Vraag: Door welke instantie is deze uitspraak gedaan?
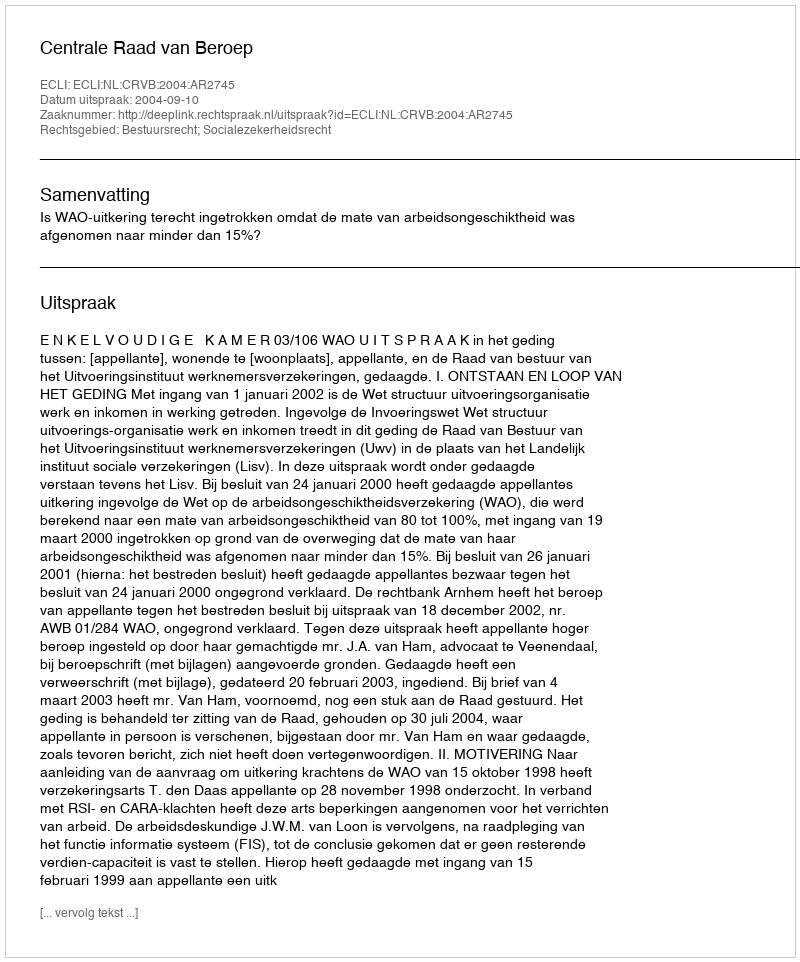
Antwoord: Centrale Raad van Beroep